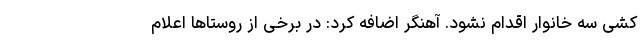
کشی سه خانوار اقدام نشود. آهنگر اضافه کرد: در برخی از روستاها اعلام